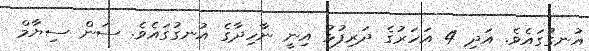
އުނގުގައެވެ. އަދި 4 އަހަރުގެ ދަަރިފުޅު އިނީ ނާހިދާގެ އުނގުގައެވެ. ސަން ސިޔާމް